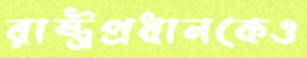
রাষ্ট্রপ্রধানকেও